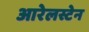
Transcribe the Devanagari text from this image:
आरेलस्टेन